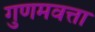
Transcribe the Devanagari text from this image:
गुणमवत्ता